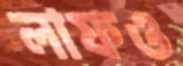
লাফও